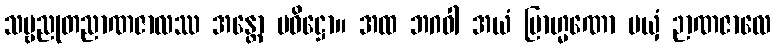
သဗ္ဗညုတညာဏဇာလဿ အန္တော ပဝိဋ္ဌော။ အထ ဘဂဝါ အယံ ဗြာဟ္မဏော မယှံ ဉာဏဇာလေ